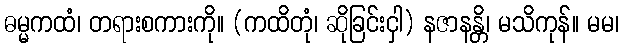
ဓမ္မကထံ၊ တရားစကားကို။ (ကထိတုံ၊ ဆိုခြင်းငှါ) နဇာနန္တိ၊ မသိကုန်။ မမ၊